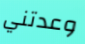
وعدتني